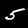
Label: 5